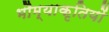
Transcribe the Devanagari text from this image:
भौम्याकृतियों